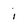
Character: i